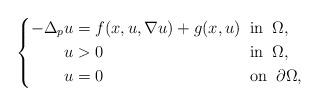
LaTeX: \begin{align*}\left\{\begin{alignedat}{2}-\Delta_p u & =f(x,u,\nabla u)+g(x,u)\;\;&&\mbox{in}\;\;\Omega,\\u & >0 &&\mbox{in} \;\;\Omega,\\u &= 0 &&\mbox{on} \;\;\partial\Omega,\end{alignedat}\right.\end{align*}